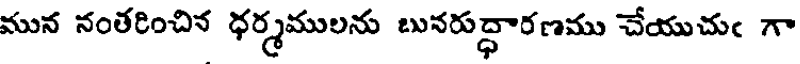
మున నంతరించిక ధర్మములను బునరుద్ధారణము చేయుచుఁ గా